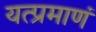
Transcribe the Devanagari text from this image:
यत्प्रमाणं